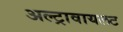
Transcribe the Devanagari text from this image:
अल्ट्रावायलट